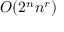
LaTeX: O ( 2 ^ { n } n ^ { r } )